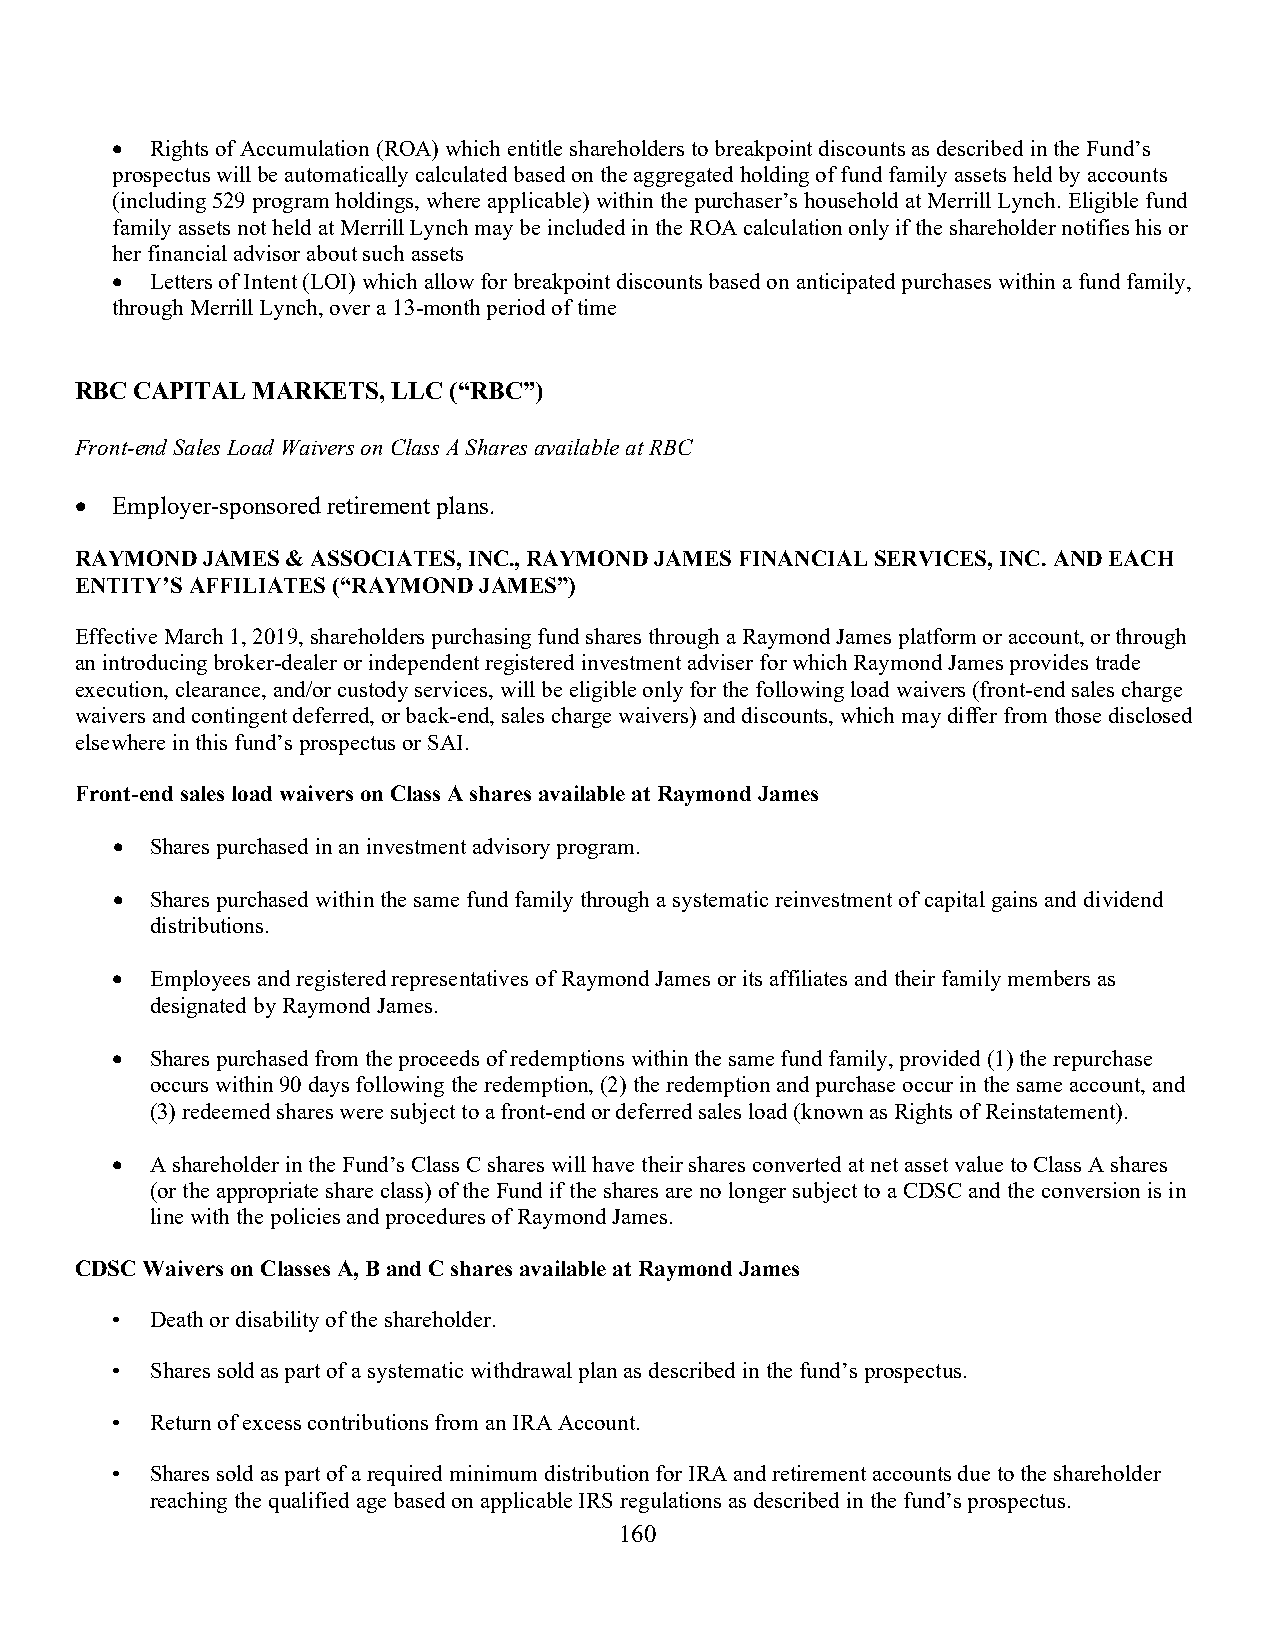
•  Rights of Accumulation (ROA) which entitle shareholders to breakpoint discounts as described in the Fund’s
 prospectus will be automatically calculated based on the aggregated holding of fund family assets held by accounts
 (including 529 program holdings, where applicable) within the purchaser’s household at Merrill Lynch. Eligible fund
 family assets not held at Merrill Lynch may be included in the ROA calculation only if the shareholder notifies his or
 her financial advisor about such assets
 •  Letters of Intent (LOI) which allow for breakpoint discounts based on anticipated purchases within a fund family,
 through Merrill Lynch, over a 13-month period of time
 RBC CAPITAL MARKETS, LLC (“RBC”)
 Front-end Sales Load Waivers on Class A Shares available at RBC
 • Employer-sponsored retirement plans.
 RAYMOND JAMES & ASSOCIATES, INC., RAYMOND JAMES FINANCIAL SERVICES, INC. AND EACH
 ENTITY’S AFFILIATES (“RAYMOND JAMES”)
 Effective March 1, 2019, shareholders purchasing fund shares through a Raymond James platform or account, or through
 an introducing broker-dealer or independent registered investment adviser for which Raymond James provides trade
 execution, clearance, and/or custody services, will be eligible only for the following load waivers (front-end sales charge
 waivers and contingent deferred, or back-end, sales charge waivers) and discounts, which may differ from those disclosed
 elsewhere in this fund’s prospectus or SAI.
 Front-end sales load waivers on Class A shares available at Raymond James
 •  Shares purchased in an investment advisory program.
 •  Shares purchased within the same fund family through a systematic reinvestment of capital gains and dividend
 distributions.
 •  Employees and registered representatives of Raymond James or its affiliates and their family members as
 designated by Raymond James.
 •  Shares purchased from the proceeds of redemptions within the same fund family, provided (1) the repurchase
 occurs within 90 days following the redemption, (2) the redemption and purchase occur in the same account, and
 (3) redeemed shares were subject to a front-end or deferred sales load (known as Rights of Reinstatement).
 •  A shareholder in the Fund’s Class C shares will have their shares converted at net asset value to Class A shares
 (or the appropriate share class) of the Fund if the shares are no longer subject to a CDSC and the conversion is in
 line with the policies and procedures of Raymond James.
 CDSC Waivers on Classes A, B and C shares available at Raymond James
 •  Death or disability of the shareholder.
 •  Shares sold as part of a systematic withdrawal plan as described in the fund’s prospectus.
 •  Return of excess contributions from an IRA Account.
 •  Shares sold as part of a required minimum distribution for IRA and retirement accounts due to the shareholder
 reaching the qualified age based on applicable IRS regulations as described in the fund’s prospectus.
 160